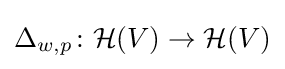
\Delta _{w,p}\colon {\mathcal {H}}(V)\rightarrow {\mathcal {H}}(V)